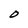
Character: O